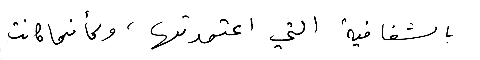
بالشفافية التي اعتمدتها، وكأنما كانت